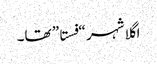
اگلا شہر “فستا” تھا۔